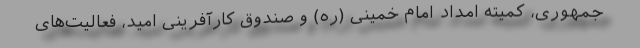
جمهوری، کمیته امداد امام خمینی (ره) و صندوق کارآفرینی امید، فعالیت‌های